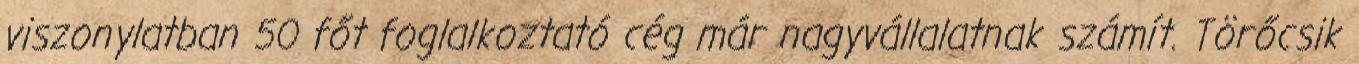
viszonylatban 50 főt foglalkoztató cég már nagyvállalatnak számít. Törőcsik